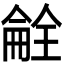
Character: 𫣝